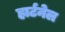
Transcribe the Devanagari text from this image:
हार्टनेल